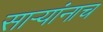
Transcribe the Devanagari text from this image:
साऱ्यांनाच